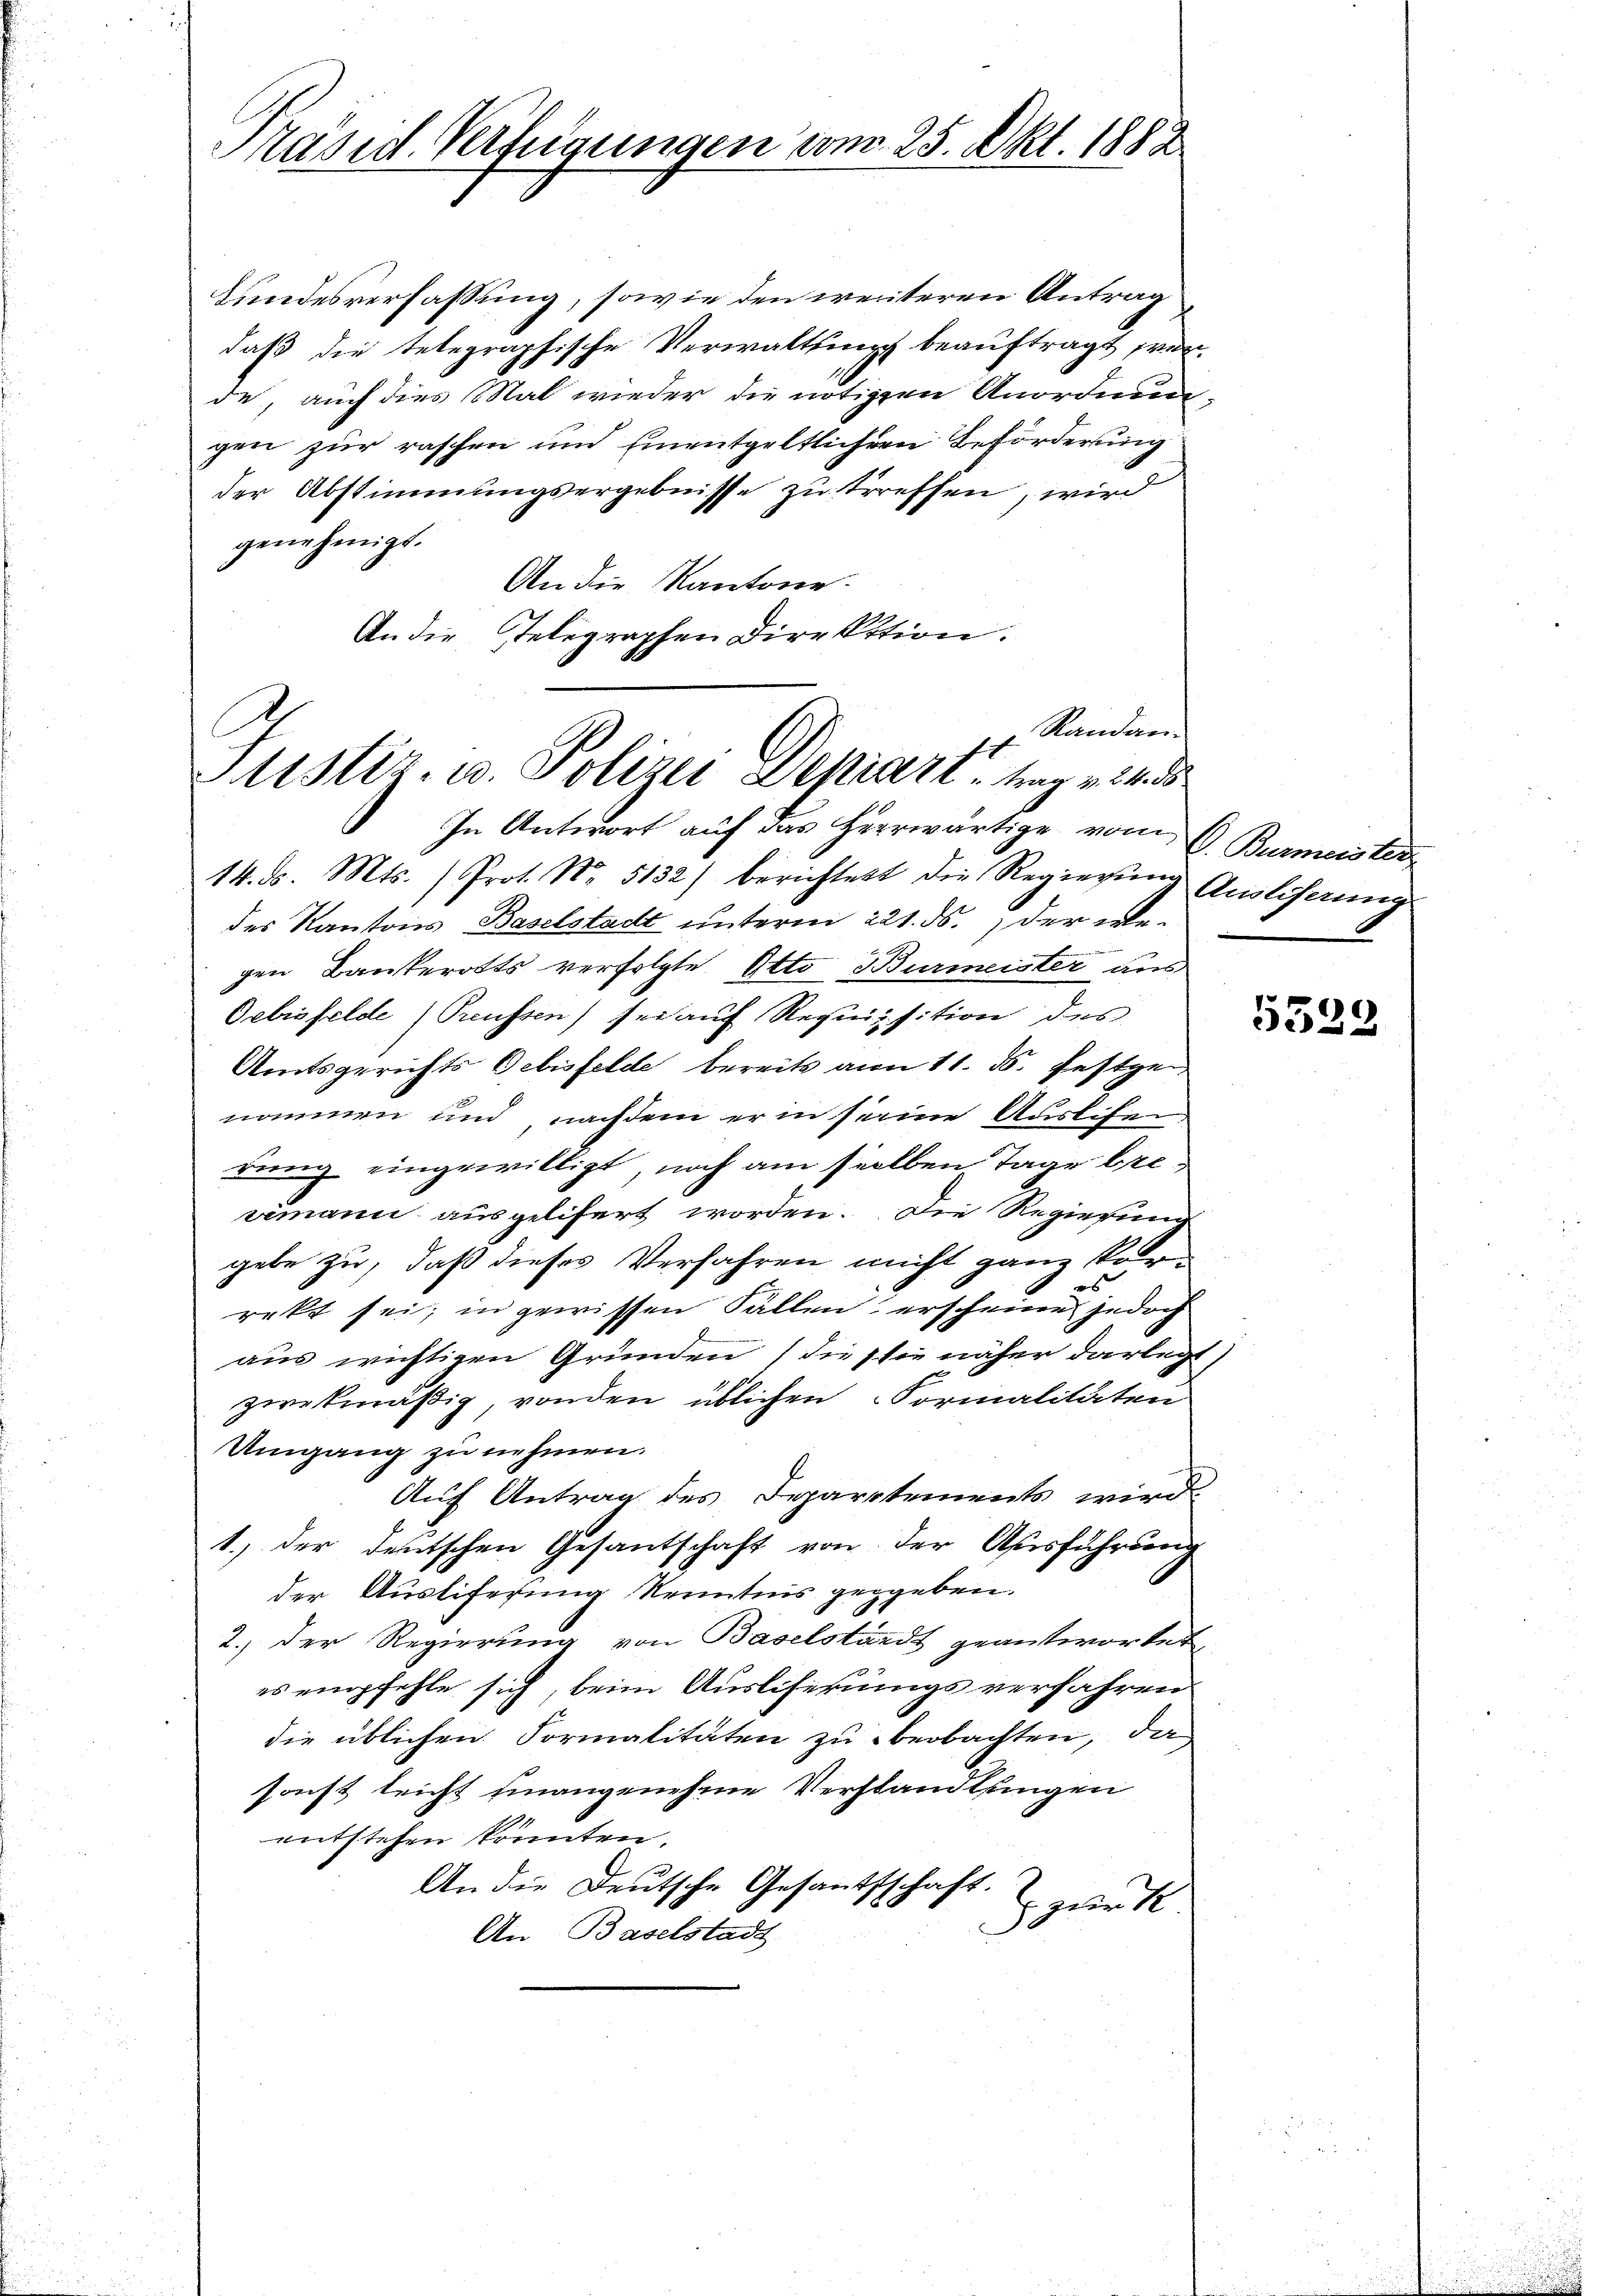
Präsid. Verfügungen vom 25. Okt. 1882

Kundesverfassung, sowie den weiteren Antrag
daß die telegraphische Verwaltungs beauftragt wer
de, auch dies Mal wieder die nötigen Anordnungen zur raschen und Einentgeltlicher Beförderung
der Abstimmungsergebnisse zu treffen, wird
genehmigt.
An die Kantone.
An die Gelegraphen Direktion.

Randan¬
Sistiz- u. Polizei Depiart, trag v. 24.

In Antwort auf das Herrwärtige vom C. Burmeister
14. d. Mts. /Prot. No. 5132) berichtest die Regierŭng Ausliferung
des Kantons Baselstadt unterm 221. ds. der erbegen Bankerotts verfolgte Otto Burmeister aus
Oebisfelde (Preussen) sei auf Requisition des
Amtsgerichts Gebisfelde bereits vom 11. ds. festgen
nommen und nachdem er in seine Ausliser
rung eingewilligt, noch am selben Tage beivemann ausgelifert worden. Die Regierung
gebe zu, daß dieses Verfahren nicht ganz kor
rekt sei; in gewissen Fällen erscheine jedoch
aus wichtigen Gründen (die sie näher darlegt
zwekmäßig, von den üblichen Formalitäten
Umgang zu nehmen.
Auf Antrag des Departements wird
1.) der deutschen Gesantschaft von der Ausführung
der Ausliferung Kenntnis gegeben.
2.) Der Regierung von Baselstandt geantwortet,
es empfehle sich, beim Ausliferungs verfahren
die üblichen Formalitäten zu beobachten, da
sonst leicht hinangenehme Verstandlungen
entstehen könnten.
An die Deutsche Gesandtschaft.
zur R
.
An Baselstadt

)
535.